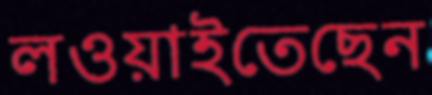
লওয়াইতেছেন